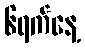
၆ရက်နေ့